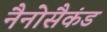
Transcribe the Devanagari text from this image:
नैनोसैकंड